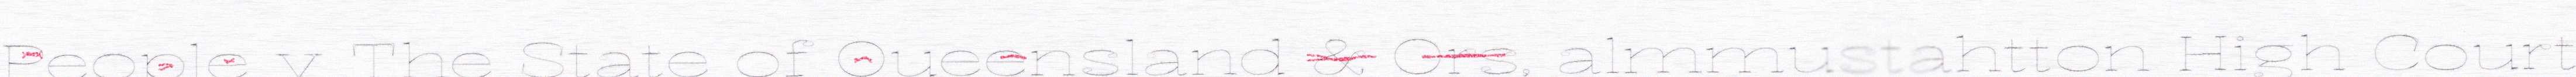
People v The State of Queensland & Ors, almmustahtton High Court